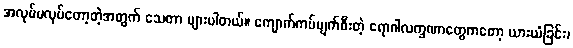
အလုပ်မလုပ်တော့တဲ့အတွက် သေတာ များပါတယ်။ ကျောက်ကပ်ပျက်စီးတဲ့ ရောဂါလက္ခဏာတွေကတော့ ယားယံခြင်း၊